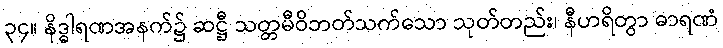
၃၄။ နိဒ္ဓါရဏအနက်၌ ဆဋ္ဌီ သတ္တမီဝိဘတ်သက်သော သုတ်တည်း၊ နီဟရိတွာ ဓာရဏံ